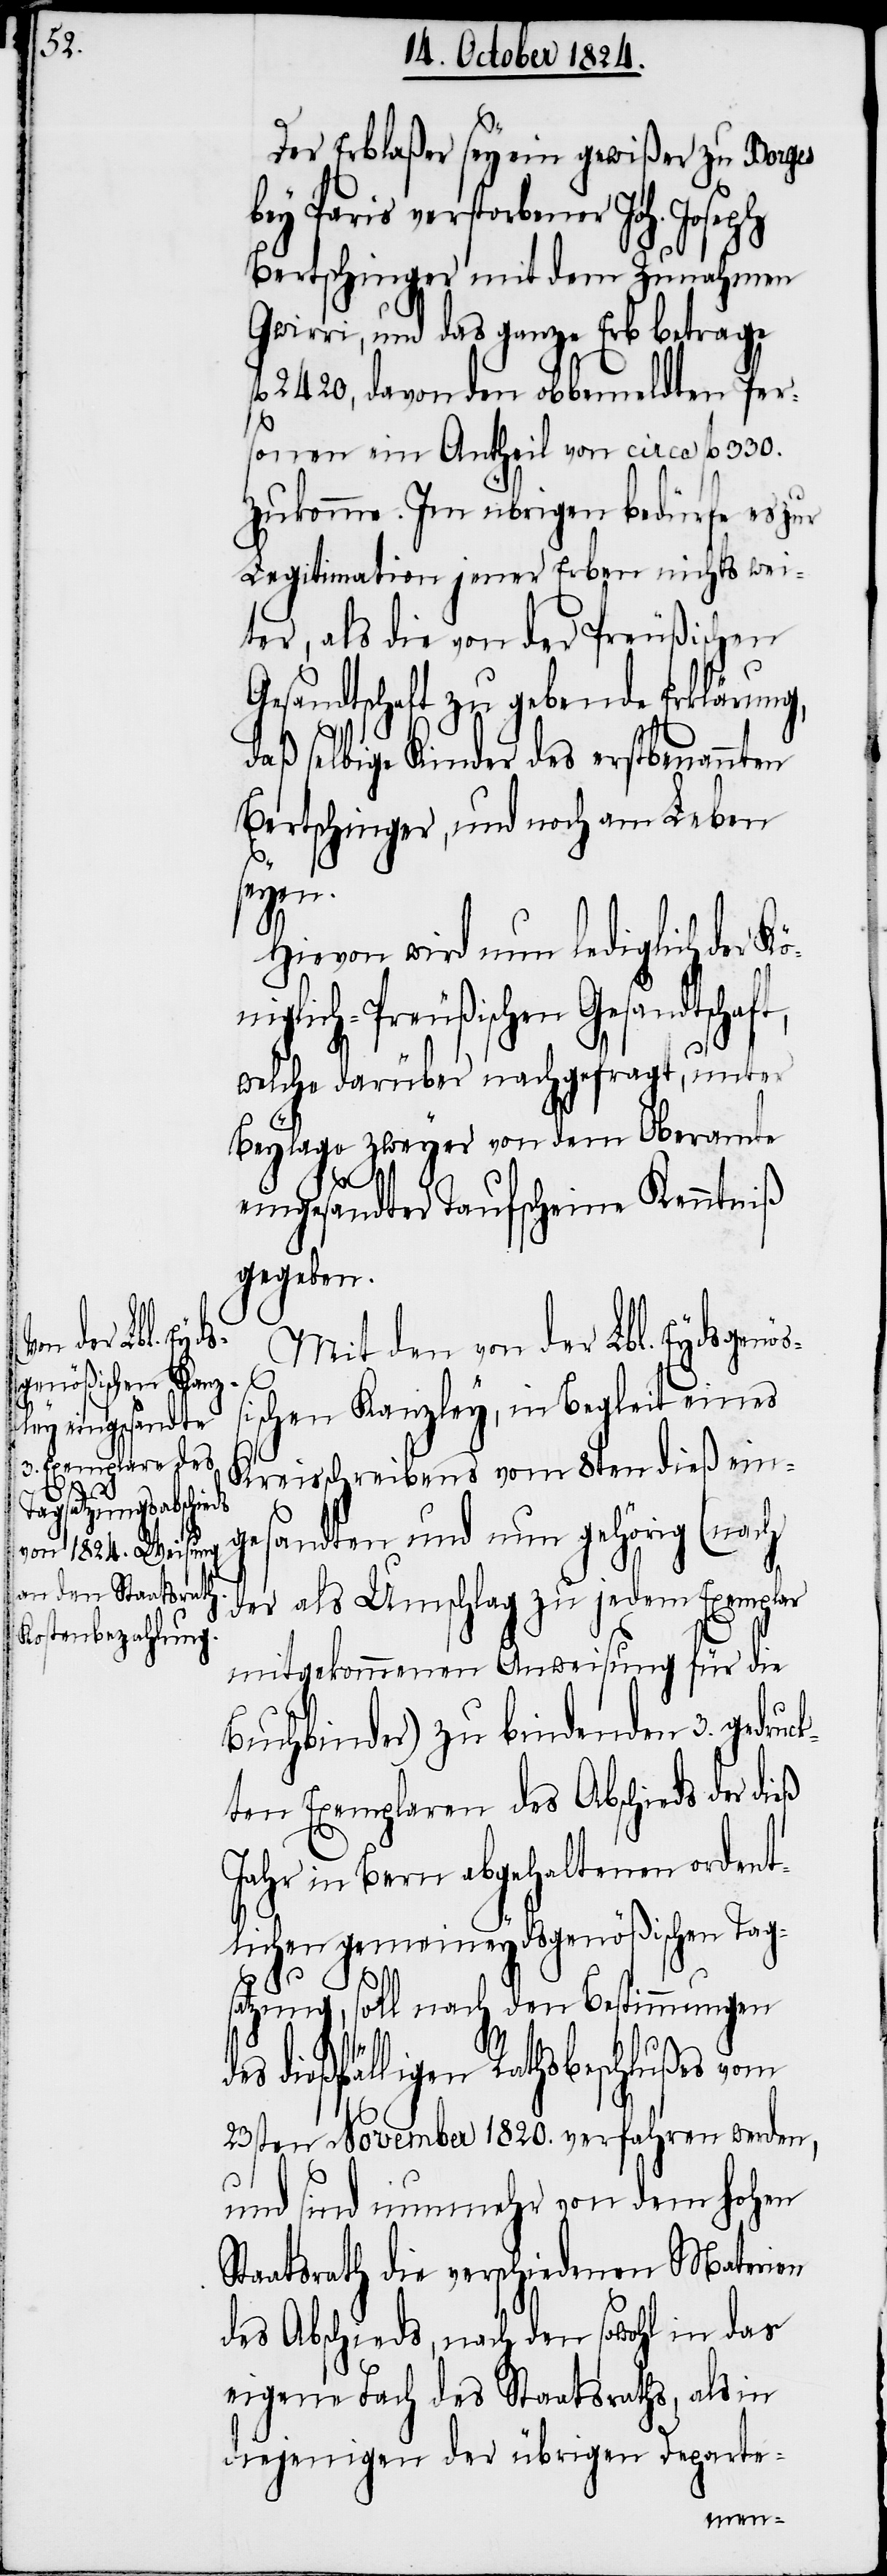
Der Erblaßer sey ein gewißer zu Borges
Bertschinger mit dem Zunahmen
Gwirri, und das ganze Erb betrage
fl 2420, davon den obbemeldten Per¬
sonen ein Antheil von circa fl 330.
zukomme. Im übrigen bedürfe es zur
Legitimation jener Erben nichts wei¬
ter, als die von der Preußischen
Gesandtschaft zu gebende Erklärung,
daß selbige Kinder des erstbenannten
Bertschinger, und noch am Leben
ge¬
Hievon wird nun lediglich der K¬
glich-Preußischen Gesandtsch¬
welche darüber nachgefragt, unter
Beylage zweyer von dem Oberamte
eingesandten Taufscheine Kenntniß
gegeben.
is verstorbener
Mit den von der Lbl. Eydsgen¬
ischen Kanzley, in Begleit eines
Kreisschreibens vom 8ten dieß ein¬
sandten und nun gehörig (nach
der als Umschlag zu jedem Exemplar
mitgekommenen Anweisung für die
Buchbinder) zu bindenden 3. gedruc¬
kten Exemplaren des Abschieds der dieß
Jahr in Bern abgehaltenen ordent¬
lichen gemeineydsgenößischen Tag¬
satzung, soll nach den Bestimmungen
des dießfälligen Rathsbeschlußes vom
23sten November 1820. verfahren werden,
und sind nunmehr von dem hohen
Staatsrath die verschiedenen Materien
des Abschieds, nach den sowohl in das
eigene Fach des Staatsraths, als in
diejenigen der übrigen Departe-